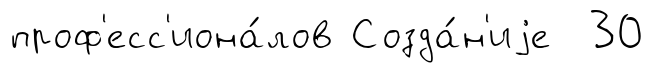
проф'есс'иона́лов Созда́н'иjе 30